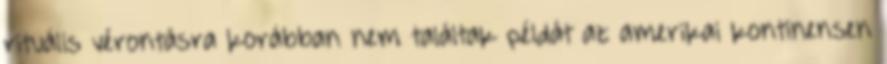
rituális vérontásra korábban nem találtak példát az amerikai kontinensen